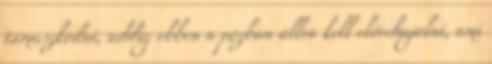
támaszkodni, addig ebben a pózban állva kell előrehajolni, ami